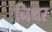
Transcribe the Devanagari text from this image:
निथर